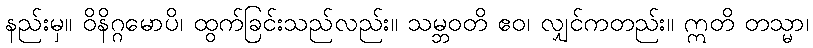
နည်းမှ။ ဝိနိဂ္ဂမောပိ၊ ထွက်ခြင်းသည်လည်း။ သမ္ဘဝတိ ဧဝ၊ လျှင်ကတည်း။ ဣတိ တသ္မာ၊